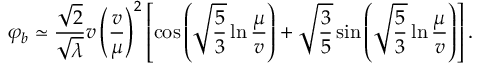
\varphi _ { b } \simeq \frac { \sqrt { 2 } } { \sqrt { \lambda } } v \left( \frac { v } { \mu } \right) ^ { 2 } \left[ \cos \left( \sqrt { \frac { 5 } { 3 } } \ln \frac { \mu } { v } \right) + \sqrt { \frac { 3 } { 5 } } \sin \left( \sqrt { \frac { 5 } { 3 } } \ln \frac { \mu } { v } \right) \right] .